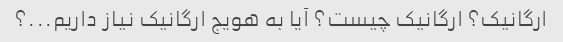
ارگانیک؟ ارگانیک چیست؟ آیا به هویج ارگانیک نیاز داریم...؟